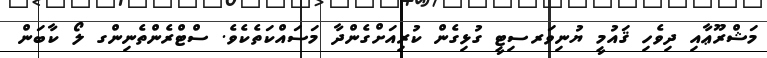
މަޝްރޫޢާއި ދިވެހި ޤައުމީ ޔުނިވަރސިޓީ ގުޅިގެން ކުރިއަށްގެންދާ މަސައްކަތެކެވެ. ސްޓްރެންތެނިންގ ލޯ ކާބަން